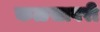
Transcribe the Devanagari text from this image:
कळसावरी